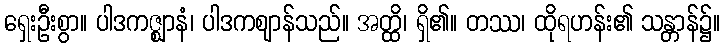
ရှေးဦးစွာ။ ပါဒကဇ္ဈာနံ၊ ပါဒကဈာန်သည်။ အတ္ထိ၊ ရှိ၏။ တဿ၊ ထိုရဟန်း၏ သန္တာန်၌။